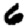
Digit: 6